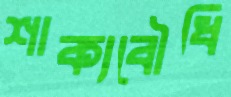
শাক্যবৌধি